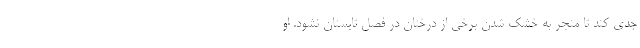
جدی کند تا منجر به خشک شدن برخی از درختان در فصل تابستان نشود. او